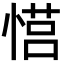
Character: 𪬠